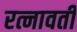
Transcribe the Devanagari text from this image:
रत्नावती